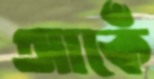
আকেঁ